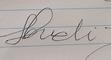
Signature authenticity: forged